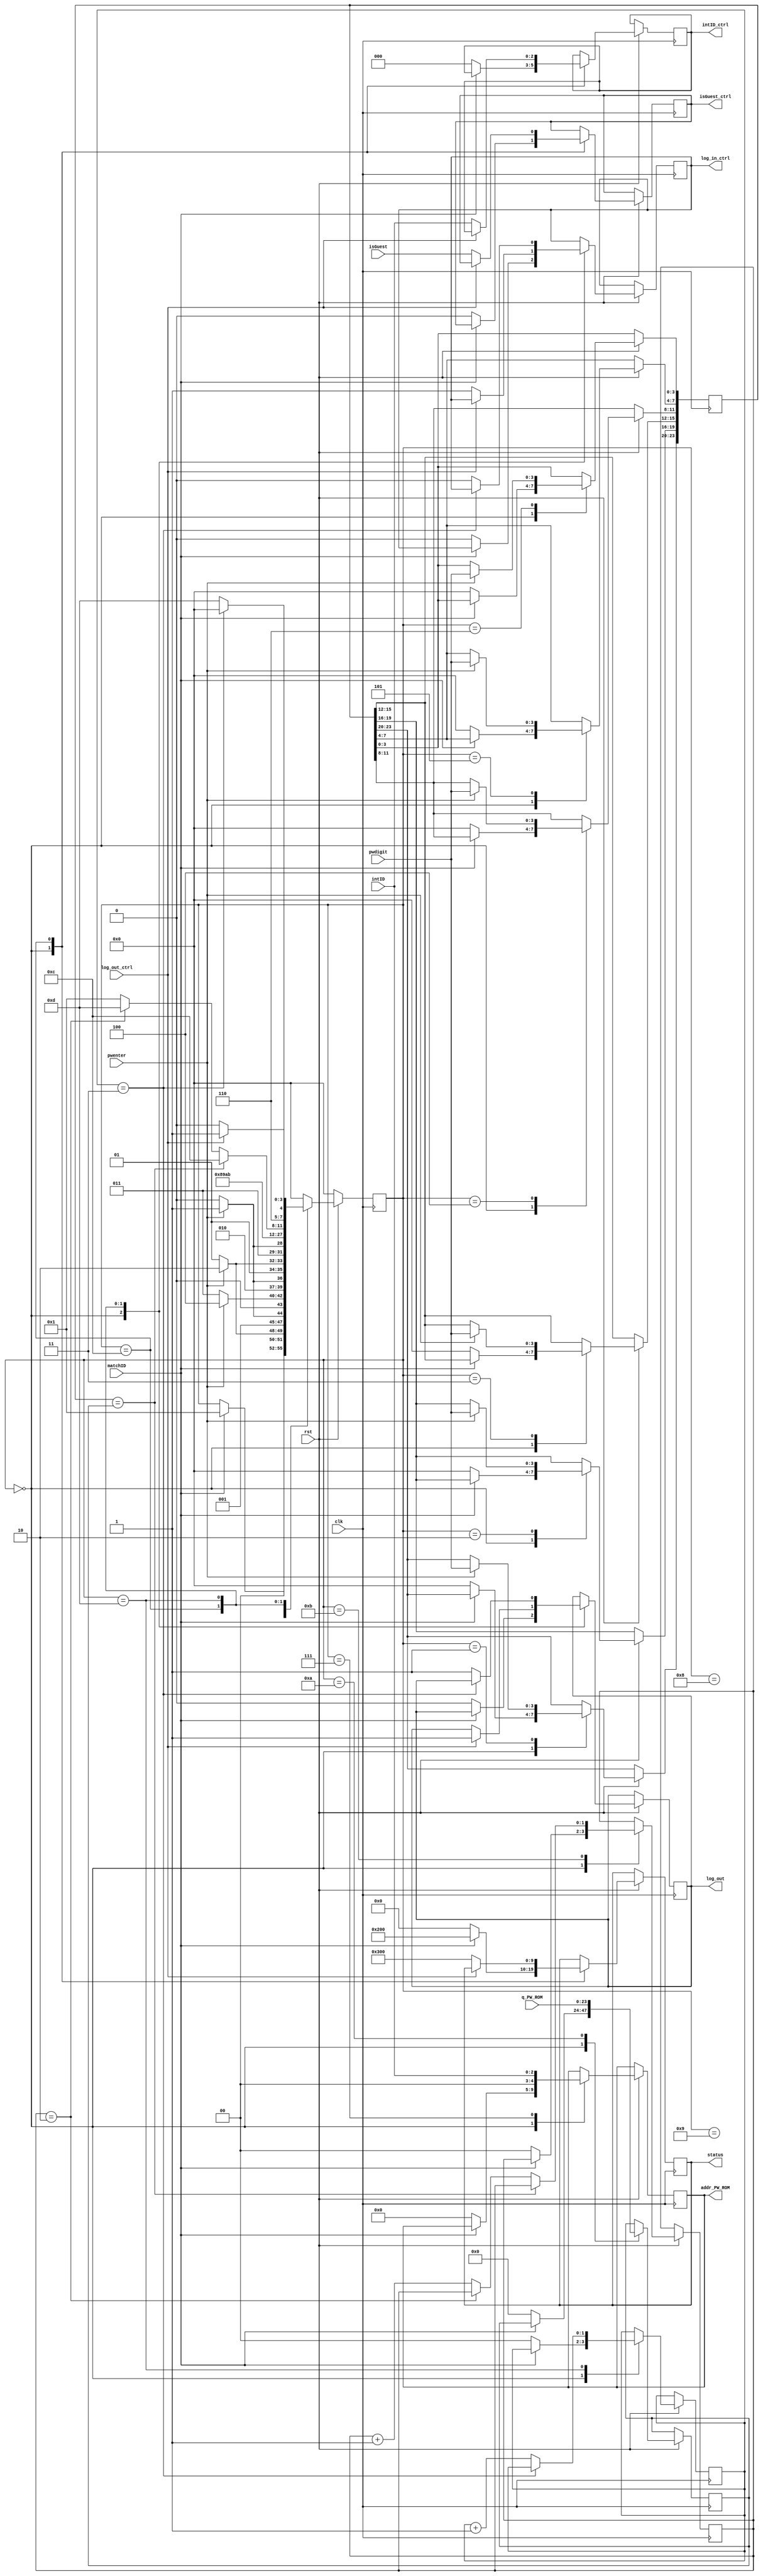
// ECE 6370
// PW_Checking Module
//
// INPUTS
// clk: internal 50 MHz clock on FPGA Hardware
// rst: reset physical push-button on FPGA Hardware (inverse logic), 
// 	reset all values back to default
// pwdigit: 4-bit user-input from toggle switches to type in the password
// pwenter: a push-button coming from the button-shaper as a single cycle pulse
// 	    to enter the typed in password value
//          afterwords logged in: used to Start the game. 
// matchID: if ID is matching, high flag sent from ID to PW Module.
// isGuest: flag sent from ID Module to PW Module, indicating if using guest ID/PW.
// intID: 3-bit integer sent from ID Module to PW Module showing which User is playing.
// log_out_ctrl: 
// q_PW_ROM: 24-bit (6-digit) Password value grabbed from PW ROM.
//
// OUTPUTS
// log_out: Passthrough from log_in_ctrl, GameController, PW and ID Modules all log out.
// log_in_ctrl: output sent to GameController showing when User is logged in.
// isGuest_ctrl: passthrough output sent to GameController showing if it is a guest ID/PW
// intID_ctrl: 3-bit integer passthrough output sent to GameController showing which User is playing.
// addr_PW_ROM: 5-bit address sent to PW ROM to fetch for PW
//
// REG
// attempt: 2-bit counter, number of attempts the user has attempted to type in a correct ID
// count: 2-bit counter, used exclusively after being sent a flag to log out.
//        waits 4 cycles before going back to INIT state.
// 
// HOW TO UNLOCK
// The user needs to type in a 4-bit Digit followed by the push-button, 6 times.
// If correct, will enable the log_in_ctrl signal high to enable the GameController.

module PW_Checking(clk, rst, pwdigit, pwenter, matchID, isGuest, intID, log_out_ctrl,
                   log_out, isGuest_ctrl, intID_ctrl, log_in_ctrl, 
                   q_PW_ROM, addr_PW_ROM, status);
   
   input  clk, rst, pwenter, matchID, isGuest, log_out_ctrl;
   input [2:0] intID;
   input [3:0] pwdigit;

   output log_out, isGuest_ctrl, log_in_ctrl;
   reg log_out, isGuest_ctrl, log_in_ctrl;

   output [2:0] intID_ctrl;
   reg [2:0] intID_ctrl;

   input [23:0] q_PW_ROM;
   reg [23:0] data_PW_ROM, PW;

   output [4:0] addr_PW_ROM;
   reg [4:0] addr_PW_ROM;
	
	output [9:0] status;
	reg [9:0] status;

   parameter INIT = 0, FIRST = 1, SECOND = 2, THIRD = 3, FOURTH = 4, FIFTH = 5, SIXTH = 6,
             ROM_FETCHWD = 7, ROM_CYCLE1 = 8, ROM_CYCLE2 = 9, ROM_CATCH = 10,
             COMPARE = 11, PASSED = 12, WAIT_LOGOUT = 13;			 

   reg [3:0] State;
   reg [1:0] attempt, count;

always@(posedge clk) begin
   if (rst==1'b0) begin
         State <= INIT;
   end
   else
      begin
         case (State)
            INIT: begin
               if(matchID == 1'b1) begin
						State <= FIRST;
						status <= 10'b1000000000;
					end
               else begin
                  addr_PW_ROM<=5'b00000;
                  data_PW_ROM<=24'b0000_0000_0000_0000_0000_0000;
                  PW<= 24'b0000_0000_0000_0000_0000_0000;
                  attempt<= 1'b0;
                  count<=2'b00;
                  log_out<=1'b0;
                  log_in_ctrl<=1'b0;
                  isGuest_ctrl<=1'b0;
                  intID_ctrl<= 2'b00;
						status <= 10'b0000000000;
               end
            end
            FIRST: begin
               if (pwenter==1'b1) begin 
                  PW[23:20] <= pwdigit;
                  State<=SECOND;
               end
               else State<=FIRST;
            end
            SECOND: begin
               if (pwenter==1'b1) begin 
                  PW[19:16] <= pwdigit;
                  State<=THIRD;
               end
               else State<=SECOND;
            end
            THIRD: begin
               if (pwenter==1'b1) begin 
                  PW[15:12] <= pwdigit;
                  State<=FOURTH;
               end
               else State<=THIRD;
            end
            FOURTH: begin
               if (pwenter==1'b1) begin 
                  PW[11:8] <= pwdigit;
                  State<=FIFTH;
               end
               else State<=FOURTH;
            end
            FIFTH: begin
               if (pwenter==1'b1) begin 
                  PW[7:4] <= pwdigit;
                  State<=SIXTH;
               end
               else State<=FIFTH;
            end
            SIXTH: begin
               if (pwenter==1'b1) begin 
                  PW[3:0] <= pwdigit;
                  State<=ROM_FETCHWD;
               end
               else State<=SIXTH;
            end
            ROM_FETCHWD: begin
               addr_PW_ROM <= {2'b00, intID};
               State<=ROM_CYCLE1;
            end
            ROM_CYCLE1: begin
               State<=ROM_CYCLE2;
            end
            ROM_CYCLE2: begin
               State<=ROM_CATCH;
            end
            ROM_CATCH: begin
               data_PW_ROM <= q_PW_ROM;
               State<=COMPARE;
            end
            COMPARE: begin
               if(PW == data_PW_ROM) State <= PASSED; 
               else if(attempt == 2'b10) State <= WAIT_LOGOUT;
               else begin
                  attempt <= attempt + 1'b1;
                  State <= FIRST;
               end
            end
            PASSED: begin
              if (log_out_ctrl == 1'b1) begin
                  log_out <= 1;
                  State <= WAIT_LOGOUT;
              end
              else begin
                 log_in_ctrl<=1;
                 intID_ctrl<=intID;
                 isGuest_ctrl<=isGuest;
					  status <= 10'b1100000000;
                 State <= PASSED;
              end
             end
             WAIT_LOGOUT: begin
                if (count == 2'b11) State <= INIT;
                else begin 
                    log_out<=1;
                    log_in_ctrl<=0;
                    count <= count + 1'b1;
                    State <= WAIT_LOGOUT;           
                end
             end
	     default: begin
               State <= INIT;
             end
         endcase
      end
   end
endmodule